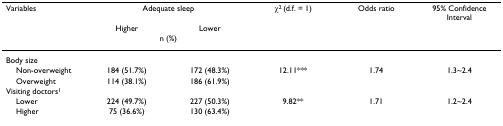
<table><thead><tr><td><b>Variables</b></td><td colspan="2"><b>Adequate sleep</b></td><td><b>χ<sup>2 </sup>(d.f. = 1)</b></td><td><b>Odds ratio</b></td><td><b>95% Confidence Interval</b></td></tr><tr><td></td><td><b>Higher</b></td><td><b>Lower</b></td><td></td><td></td><td></td></tr><tr><td></td><td colspan="2"><b>n (%)</b></td><td></td><td></td><td></td></tr></thead><tbody><tr><td>Body size</td><td></td><td></td><td></td><td></td><td></td></tr><tr><td> Non-overweight</td><td>184 (51.7%)</td><td>172 (48.3%)</td><td>12.11***</td><td>1.74</td><td>1.3~2.4</td></tr><tr><td> Overweight</td><td>114 (38.1%)</td><td>186 (61.9%)</td><td></td><td></td><td></td></tr><tr><td>Visiting doctors<sup>1</sup></td><td></td><td></td><td></td><td></td><td></td></tr><tr><td> Lower</td><td>224 (49.7%)</td><td>227 (50.3%)</td><td>9.82**</td><td>1.71</td><td>1.2~2.4</td></tr><tr><td> Higher</td><td>75 (36.6%)</td><td>130 (63.4%)</td><td></td><td></td><td></td></tr></tbody></table>